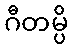
ဂီတမ္ပိ